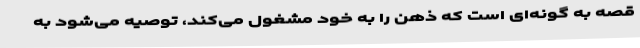
قصه به گونه‌ای است که ذهن را به خود مشغول می‌کند، توصیه می‌شود به